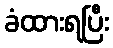
ခံထားရပြီး